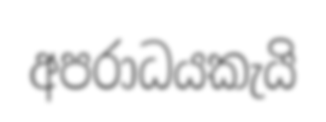
අපරාධයකැයි